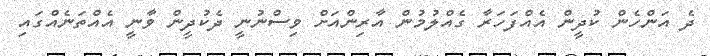
ދެ އަންހެން ކުދީން އެއްފަހަރާ ގެއްލުމުން އާރިންއަށް ވިސްނުނީ ދެކުދީން ވާނީ އެއްތަނެއްގައި